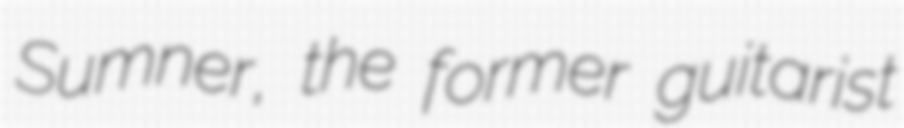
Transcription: Sumner, the former guitarist